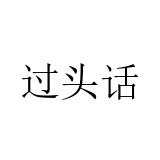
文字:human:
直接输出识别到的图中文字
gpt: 过头话